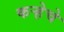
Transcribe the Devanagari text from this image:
कऱ्हेचे